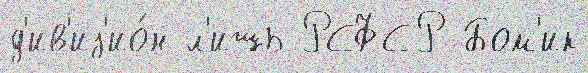
д'ив'из'ио́н л'ишь РСФСР Бом'ик